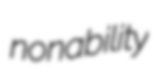
nonability